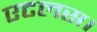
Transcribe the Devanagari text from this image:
एटलस।